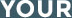
YOUR